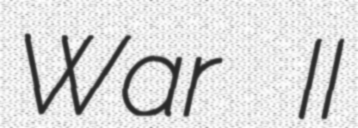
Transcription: War II